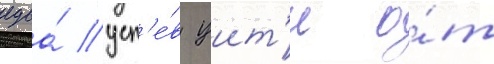
едва́ усп'е́в уит'и о́т